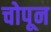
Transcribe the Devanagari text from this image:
चोपून